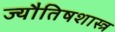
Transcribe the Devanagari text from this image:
ज्यौतिषशास्त्र